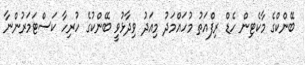
ބޭންކްގެ މާކެޓިން ހެޑް ރިފްއަތު މުހައްމަދު މިއަދު ވިދާޅުވީ ބޭންކުގެ ހުރިހާ ކަސްޓަމަރުންނާ